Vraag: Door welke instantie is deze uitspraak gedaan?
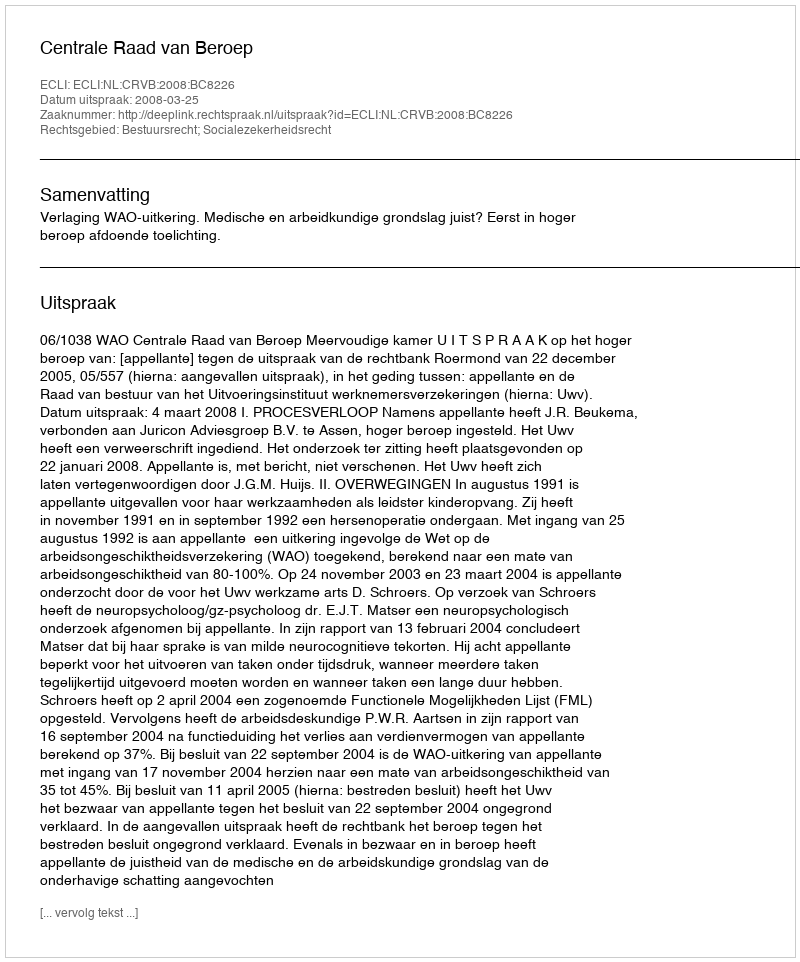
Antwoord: Centrale Raad van Beroep